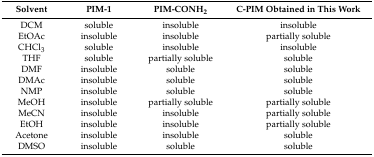
<table><thead><tr><td><b>Solvent</b></td><td><b>PIM-1</b></td><td><b>PIM-CONH<sub>2</sub></b></td><td><b>C-PIM Obtained in This Work</b></td></tr></thead><tbody><tr><td>DCM</td><td>soluble</td><td>insoluble</td><td>insoluble</td></tr><tr><td>EtOAc</td><td>insoluble</td><td>insoluble</td><td>partially soluble</td></tr><tr><td>CHCl<sub>3</sub></td><td>soluble</td><td>insoluble</td><td>insoluble</td></tr><tr><td>THF</td><td>soluble</td><td>partially soluble</td><td>soluble</td></tr><tr><td>DMF</td><td>insoluble</td><td>soluble</td><td>soluble</td></tr><tr><td>DMAc</td><td>insoluble</td><td>soluble</td><td>soluble</td></tr><tr><td>NMP</td><td>insoluble</td><td>soluble</td><td>soluble</td></tr><tr><td>MeOH</td><td>insoluble</td><td>partially soluble</td><td>partially soluble</td></tr><tr><td>MeCN</td><td>insoluble</td><td>insoluble</td><td>partially soluble</td></tr><tr><td>EtOH</td><td>insoluble</td><td>insoluble</td><td>partially soluble</td></tr><tr><td>Acetone</td><td>insoluble</td><td>insoluble</td><td>soluble</td></tr><tr><td>DMSO</td><td>insoluble</td><td>soluble</td><td>soluble</td></tr></tbody></table>